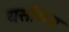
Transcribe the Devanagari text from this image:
यसभित्र